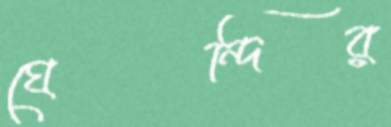
ঘেন্দির